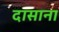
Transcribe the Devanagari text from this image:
दासाना